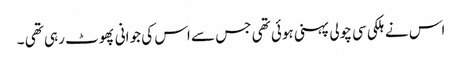
اس نے ہلکی سی چولی پہنی ہوئی تھی جس سے اس کی جوانی پھوٹ رہی تھی ۔